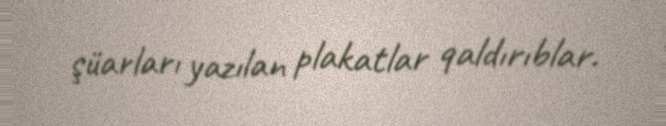
şüarları yazılan plakatlar qaldırıblar.